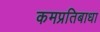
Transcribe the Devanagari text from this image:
कमप्रतिबाधा